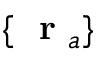
\{ \mathrm { ~ \bf ~ r ~ } _ { a } \}